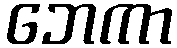
ဘေကာ